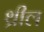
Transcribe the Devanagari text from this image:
थ्रील